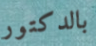
بالدكتور